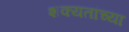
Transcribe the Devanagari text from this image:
शक्यतांच्या